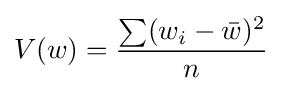
V(w)={\frac {\sum (w_{i}-{\bar {w}})^{2}}{n}}